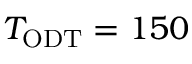
T _ { \mathrm { O D T } } = 1 5 0